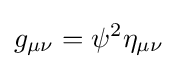
g_{\mu \nu }=\psi ^{2}\eta _{\mu \nu }